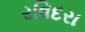
રવિદરા